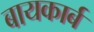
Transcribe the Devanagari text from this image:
बायकार्ब